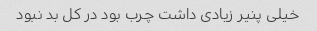
خیلی پنیر زیادی داشت چرب بود در کل بد نبود